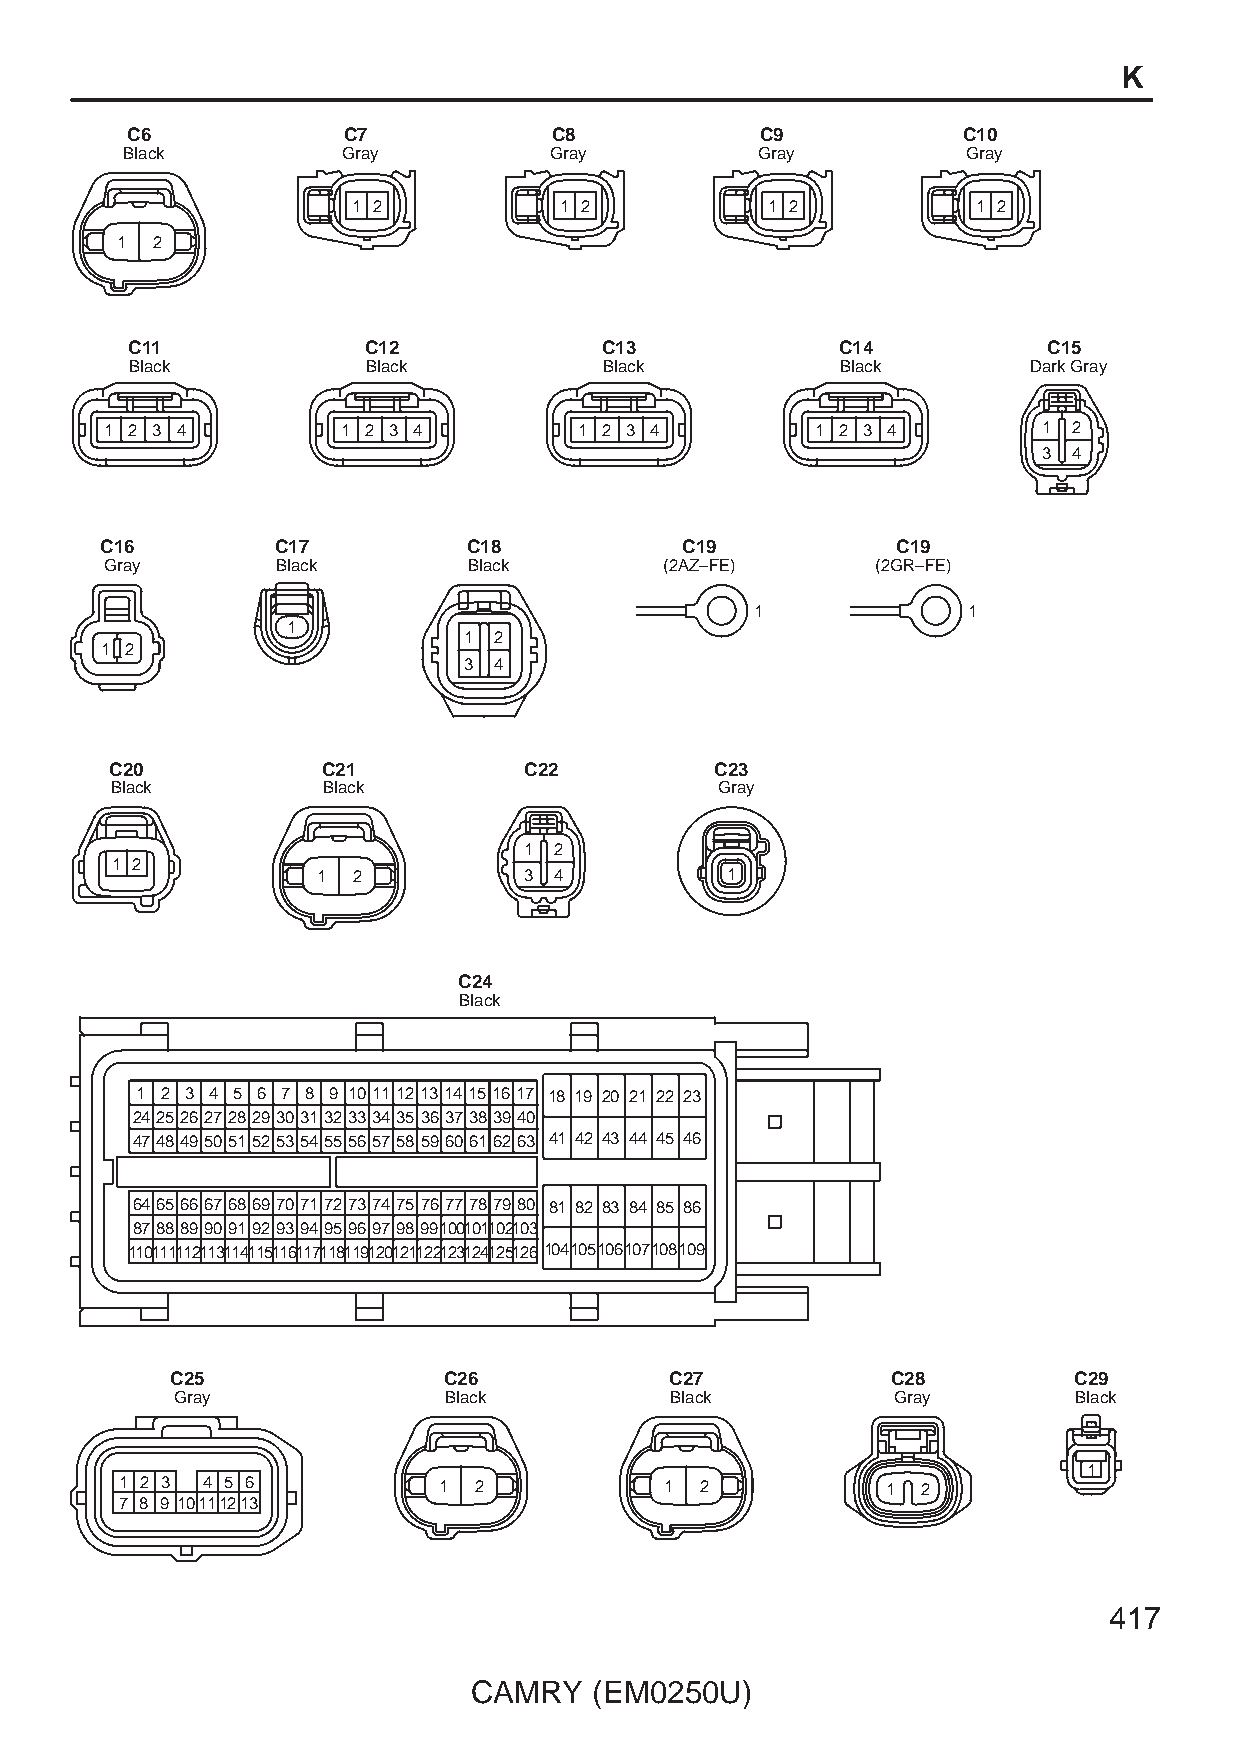
K
 C6             C7            C8           C9            C10
 Black          Gray         Gray          Gray          Gray
 1 2           1 2           1 2           1 2
 1 2
 C11            C12             C13             C14          C15
 Black          Black           Black           Black       Dark Gray
 1 2 3 4         1 2 3 4        1 2 3 4         1 2 3 4        1 2
 3 4
 C16        C17          C18           C19           C19
 Gray       Black        Black        (2AZ–FE)      (2GR–FE)
 1             1
 1
 1 2
 1 2
 3 4
 C20           C21           C22         C23
 Black         Black                      Gray
 1 2
 1 2
 1 2           3 4          1
 C24
 Black
 1 2 3 4 5 6 7 8 9 1011121314151617 18 19 20 21 22 23
 2425262728293031323334353637383940
 4748495051525354555657585960616263 41 42 43 44 45 46
 6465666768697071727374757677787980 81 82 83 84 85 86
 87888990919293949596979899100101102103
 110111112113114115116117118119120121122123124125126104105106107108109
 C25               C26            C27            C28         C29
 Gray             Black          Black          Gray        Black
 1
 1 2 3 4 5 6          1 2            1 2            1 2
 7 8 9 10111213
 417
 CAMRY   (EM0250U)